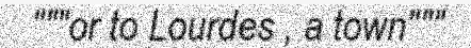
"""or to Lourdes , a town"""